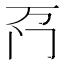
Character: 𫔬